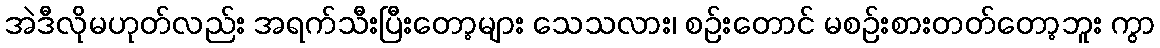
အဲဒီလိုမဟုတ်လည်း အရက်သီးပြီးတော့များ သေသလား၊ စဉ်းတောင် မစဉ်းစားတတ်တော့ဘူး ကွာ